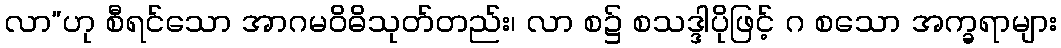
လာ”ဟု စီရင်သော အာဂမဝိဓိသုတ်တည်း၊ လာ စ၌ စသဒ္ဒါပိုဖြင့် ဂ စသော အက္ခရာများ